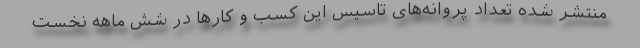
منتشر شده تعداد پروانه‌های تاسیس این کسب ‌و کارها در شش ماهه نخست